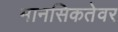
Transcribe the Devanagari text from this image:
मानसिकतेवर